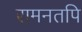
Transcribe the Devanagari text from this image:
रामनतपि